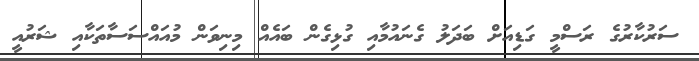
ސަރުކާރުގެ ރަސްމީ ގަޑިއަށް ބަދަލު ގެނައުމާއި ގުޅިގެން ބައެއް މިނިވަން މުއައްސަސާތަކާއި ޝަރުއީ